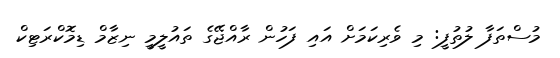
މުސްތަފާ ލުތުފީ: މި ވެރިކަމަށް އައި ފަހުން ރާއްޖޭގެ ތައުލީމީ ނިޒާމް ޑިމޮކްރަޓިކް